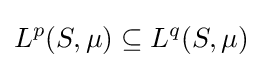
L^{p}(S,\mu )\subseteq L^{q}(S,\mu )